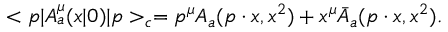
< p | A _ { a } ^ { \mu } ( x | 0 ) | p > _ { c } = p ^ { \mu } A _ { a } ( p \cdot x , x ^ { 2 } ) + x ^ { \mu } \bar { A } _ { a } ( p \cdot x , x ^ { 2 } ) .